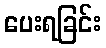
ပေးရခြင်း